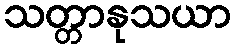
သတ္တာနုသယာ